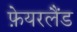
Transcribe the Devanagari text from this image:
फ़ेयरलैंड